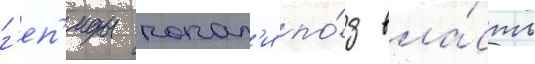
г'еп'иды попал'и по́д вла́сть